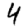
Digit: 4